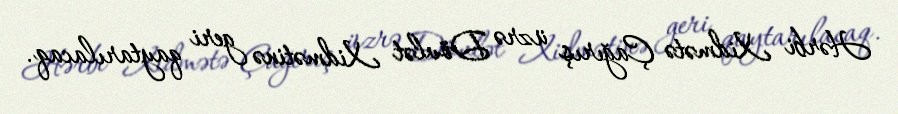
Hərbi Xidmətə Çağırış üzrə Dövlət Xidmətinə geri qaytarılacaq.